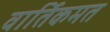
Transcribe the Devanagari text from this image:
वार्तिकमत